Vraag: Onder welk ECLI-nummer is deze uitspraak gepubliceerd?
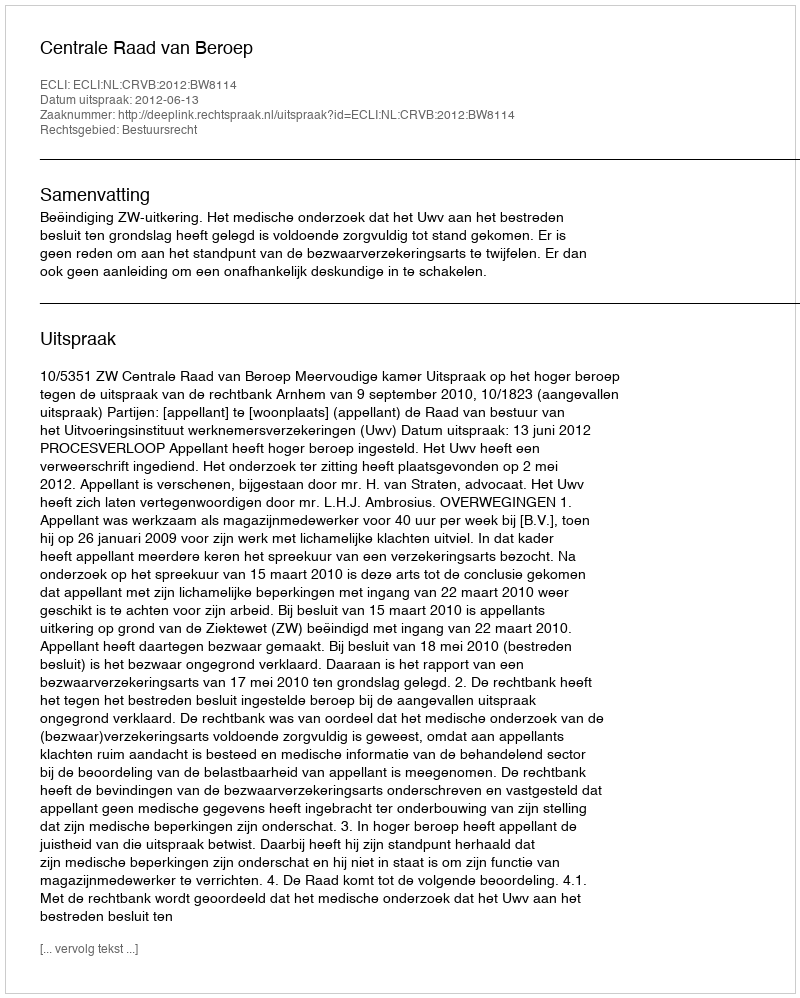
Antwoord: ECLI:NL:CRVB:2012:BW8114